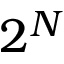
2 ^ { N }